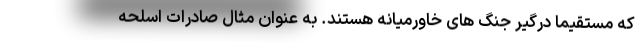
که مستقیما درگیر جنگ های خاورمیانه هستند. به عنوان مثال صادرات اسلحه